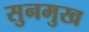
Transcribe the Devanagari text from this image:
सुनमुख